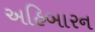
અહિબારન